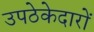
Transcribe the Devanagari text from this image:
उपठेकेदारों